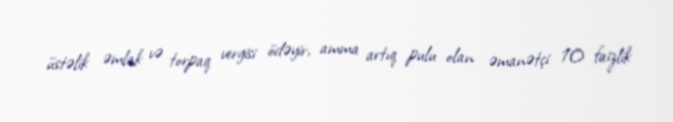
üstəlik əmlak və torpaq vergisi ödəyir, amma artıq pulu olan əmanətçi 10 faizlik